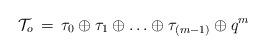
LaTeX: \begin{align*}{\cal T}_o\,=\,\tau_0\oplus\tau_1\oplus\ldots\oplus\tau_{(m-1)}\oplus q^m\end{align*}